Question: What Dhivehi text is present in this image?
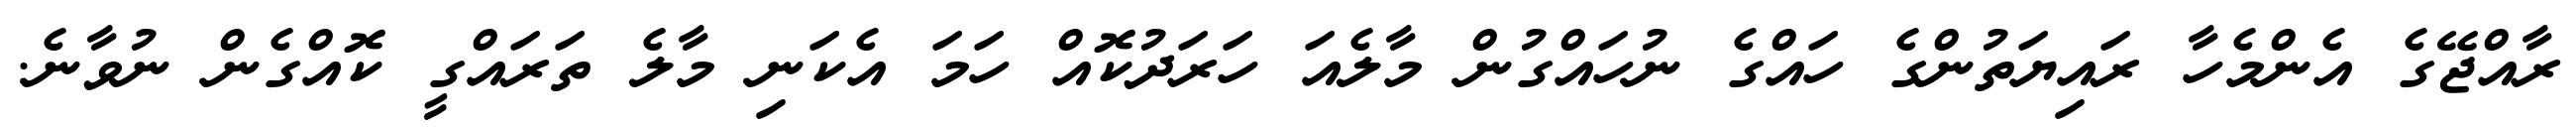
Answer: ރާއްޖޭގެ އެންމެހާ ރައިޔަތުންގެ ހައްގެ ނުހައްގުން މާލެއަ ހަރަދުކޮއް ހަމަ އެކަނި މާލެ ތަރައްގީ ކޮއްގެން ނުވާނެ.